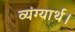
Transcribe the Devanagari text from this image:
व्यंग्यार्थ।